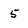
Character: 5